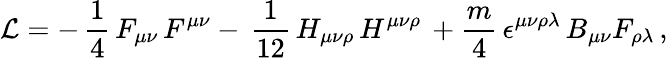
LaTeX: {\cal L}=-\, \frac{1}{4}\, F_{\mu\nu}\, F^{\mu\nu}-\, \frac{1}{12}\, H_{\mu\nu\rho}\, H^{\mu\nu\rho}\, +{\frac{m}{4}}\, \epsilon^{\mu\nu\rho\lambda}\, B_{\mu\nu}F_{\rho\lambda}\, ,